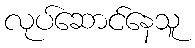
လုပ်ဆောင်နေသူ